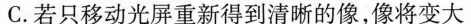
C.若只移动光屏重新得到清晰的像，像将变大